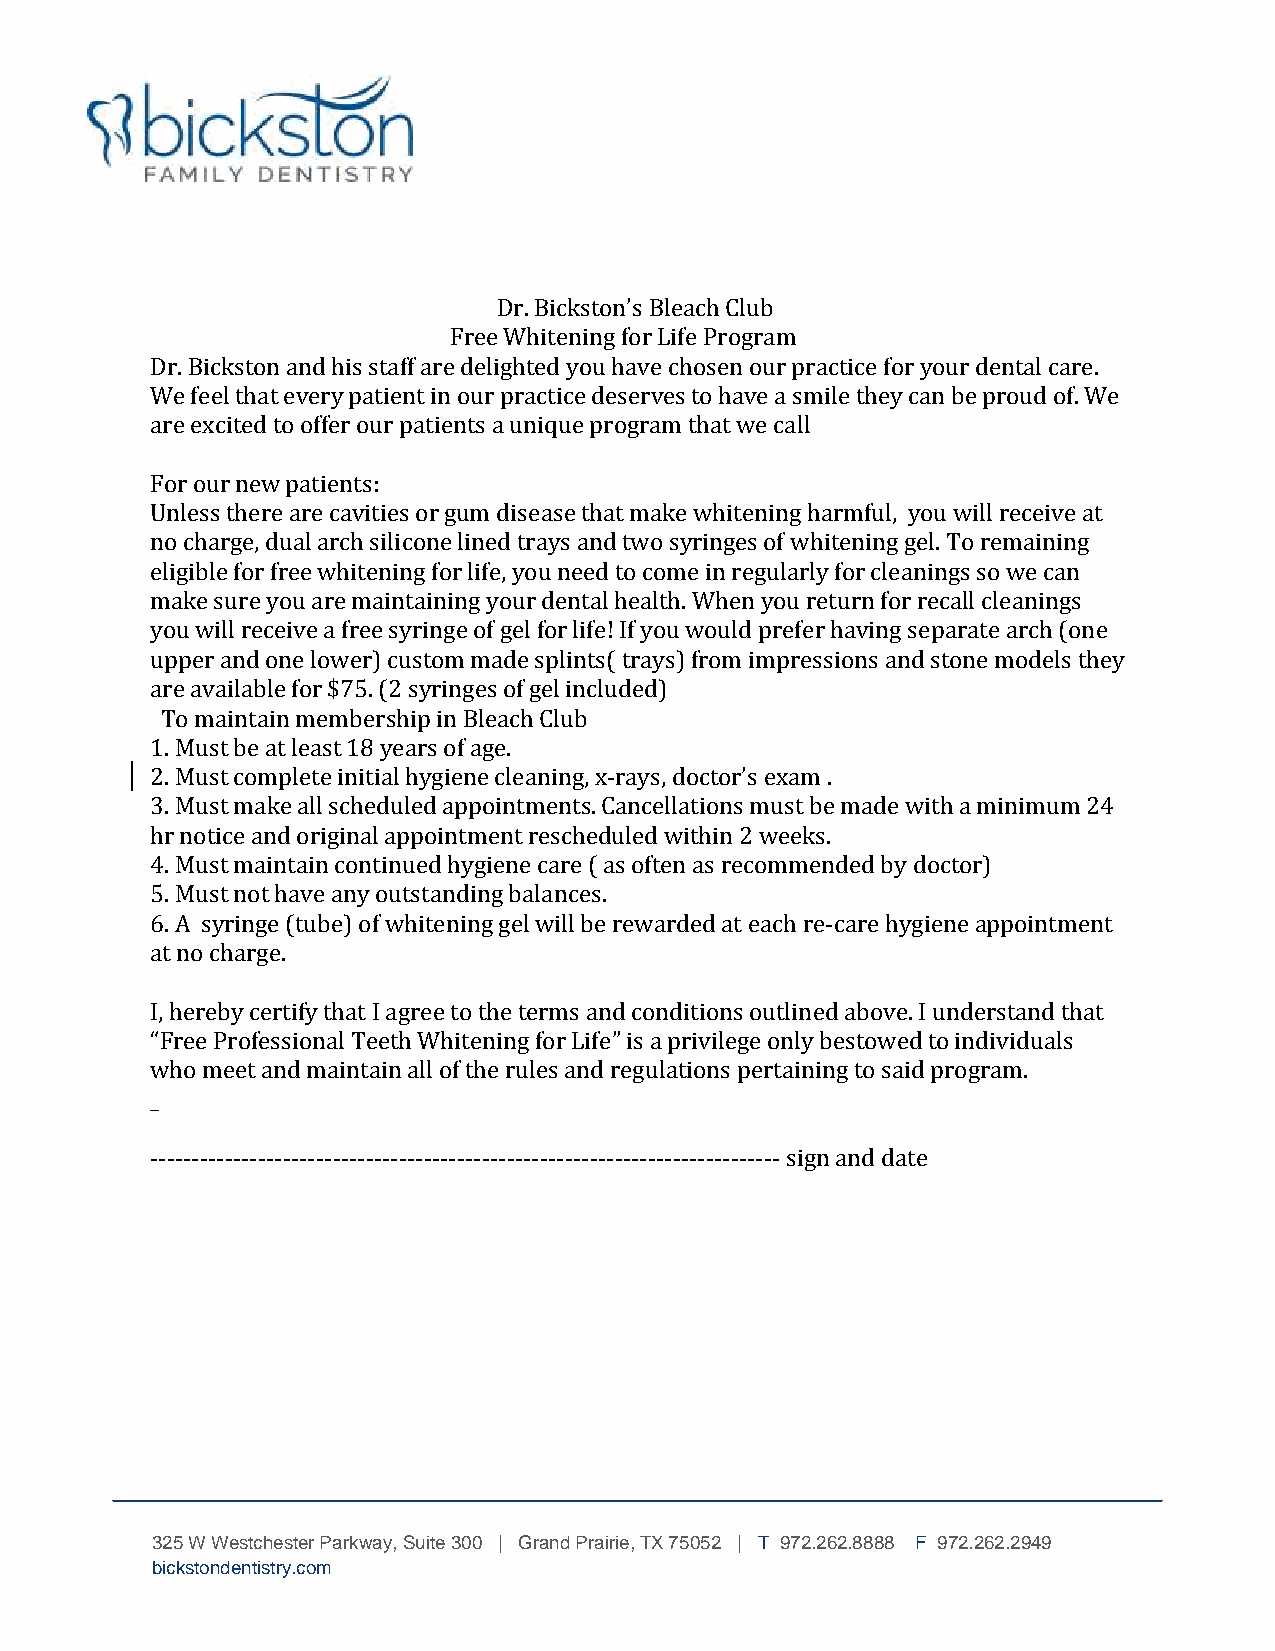
Dr. Bickston’s Bleach Club
 Free Whitening for Life Program
 Dr. Bickston and his staff are delighted you have chosen our practice for your dental care.
 We feel that every patient in our practice deserves to have a smile they can be proud of. We
 are excited to offer our patients a unique program that we call
 For our new patients:
 Unless there are cavities or gum disease that make whitening harmful, you will receive at
 no charge, dual arch silicone lined trays and two syringes of whitening gel. To remaining
 eligible for free whitening for life, you need to come in regularly for cleanings so we can
 make sure you are maintaining your dental health. When you return for recall cleanings
 you will receive a free syringe of gel for life! If you would prefer having separate arch (one
 upper and one lower) custom made splints( trays) from impressions and stone models they
 are available for $75. (2 syringes of gel included)
 To maintain membership in Bleach Club
 1. Must be at least 18 years of age.
 2. Must complete initial hygiene cleaning, x-rays, doctor’s exam .
 3. Must make all scheduled appointments. Cancellations must be made with a minimum 24
 hr notice and original appointment rescheduled within 2 weeks.
 4. Must maintain continued hygiene care ( as often as recommended by doctor)
 5. Must not have any outstanding balances.
 6. A syringe (tube) of whitening gel will be rewarded at each re-care hygiene appointment
 at no charge.
 I, hereby certify that I agree to the terms and conditions outlined above. I understand that
 “Free Professional Teeth Whitening for Life” is a privilege only bestowed to individuals
 who meet and maintain all of the rules and regulations pertaining to said program.
 _
 ---------------------------------------------------------------------------- sign and date
 325 W Westchester Parkway, Suite 300 | Grand Prairie, TX 75052 | T 972.262.8888 F 972.262.2949
 bickstondentistry.com